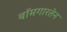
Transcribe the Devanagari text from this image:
बॉमगारतेन